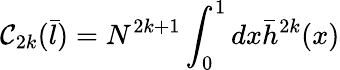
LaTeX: \mathcal{C}_{2k}({\bar{{l}}})=N^{2k+1}\int_{0}^{1}dx{\bar{{h}}}^{2k}(x)